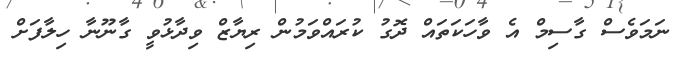
ނަމަވެސް ގާސިމް އެ ވާހަކަތައް ދޮގު ކުރައްވަމުން ރިޔާޒް ވިދާޅުވީ ގާނޫނާ ހިލާފަށް